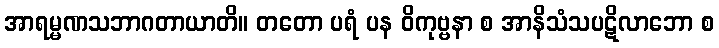
အာရမ္မဏသဘာဂတာယာတိ။ တတော ပရံ ပန ဝိကုဗ္ဗနာ စ အာနိသံသပဋိလာဘော စ